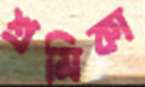
শ্রমিকা